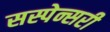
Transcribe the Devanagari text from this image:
सस्पेन्सरी